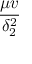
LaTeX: \frac { \mu v } { \delta _ { 2 } ^ { 2 } }